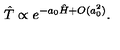
\hat { T } \propto e ^ { - a _ { 0 } \hat { H } + O ( a _ { 0 } ^ { 2 } ) } .